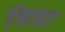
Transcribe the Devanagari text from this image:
सिप्रा